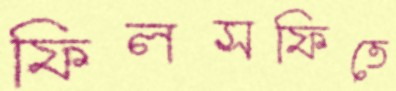
ফিলসফিতে